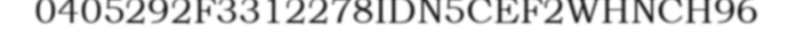
0405292F3312278IDN5CEF2WHNCH96